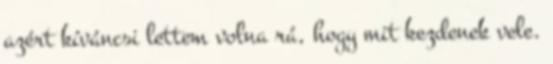
azért kíváncsi lettem volna rá, hogy mit kezdenek vele.